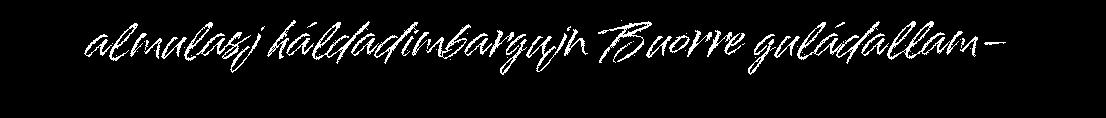
almulasj háldadimbargujn Buorre guládallam-